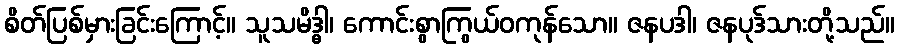
စိတ်ပြစ်မှားခြင်းကြောင့်။ သူသမိဒ္ဓါ၊ ကောင်းစွာကြွယ်ဝကုန်သော။ ဇနပဒါ၊ ဇနပုဒ်သားတို့သည်။